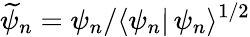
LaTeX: \widetilde\psi_{n}=\psi_{n}/\langle\psi_{n}|\, \psi_{n}\rangle^{1/2}